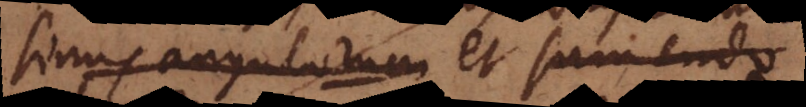
sinus angulorum et sumendo